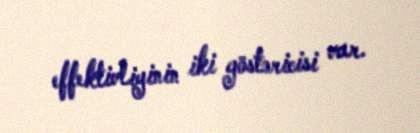
effektivliyinin iki göstəricisi var.